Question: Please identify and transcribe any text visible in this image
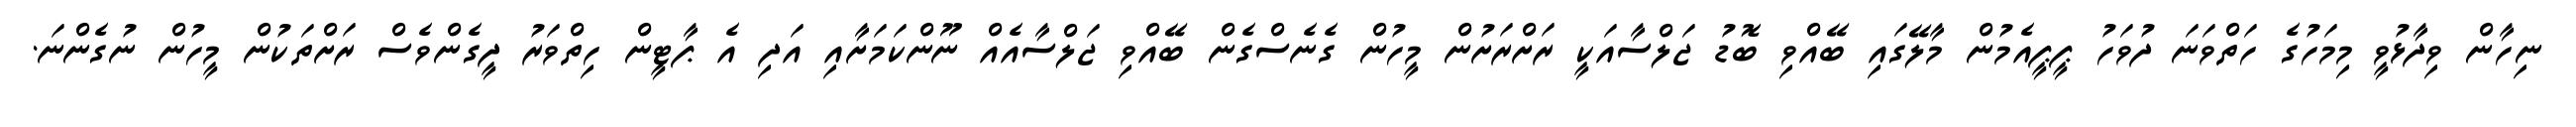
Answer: ނިހާން ވިދާޅުވީ މިމަހުގެ ހަތްވަނަ ދުވަހު ޕީޕީއެމުން މާލޭގައި ބޭއްވި ބޮޑު ޖަލްސާއަކީ ރަށްރަށުން މީހުން ގެނެސްގެން ބޭއްވި ޖަލްސާއެއް ނޫންކަމަށާއި އަދި އެ ޕާޓީން ހިތްވަރު ދީގެންވެސް ރަށްތަކުން މީހުން ނުގެންނަ.